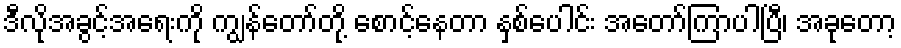
ဒီလိုအခွင့်အရေးကို ကျွန်တော်တို့ စောင့်နေတာ နှစ်ပေါင်း အတော်ကြာပါပြီ၊ အခုတော့